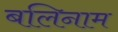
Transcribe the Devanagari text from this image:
बलिनाम